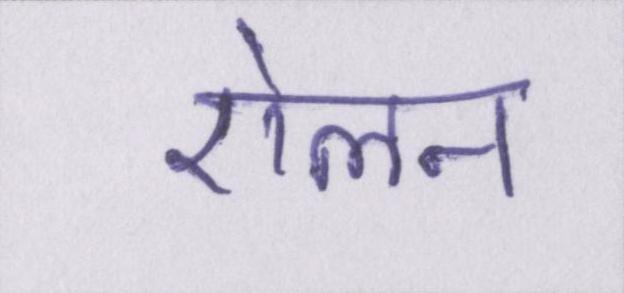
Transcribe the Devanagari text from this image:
ऐलन